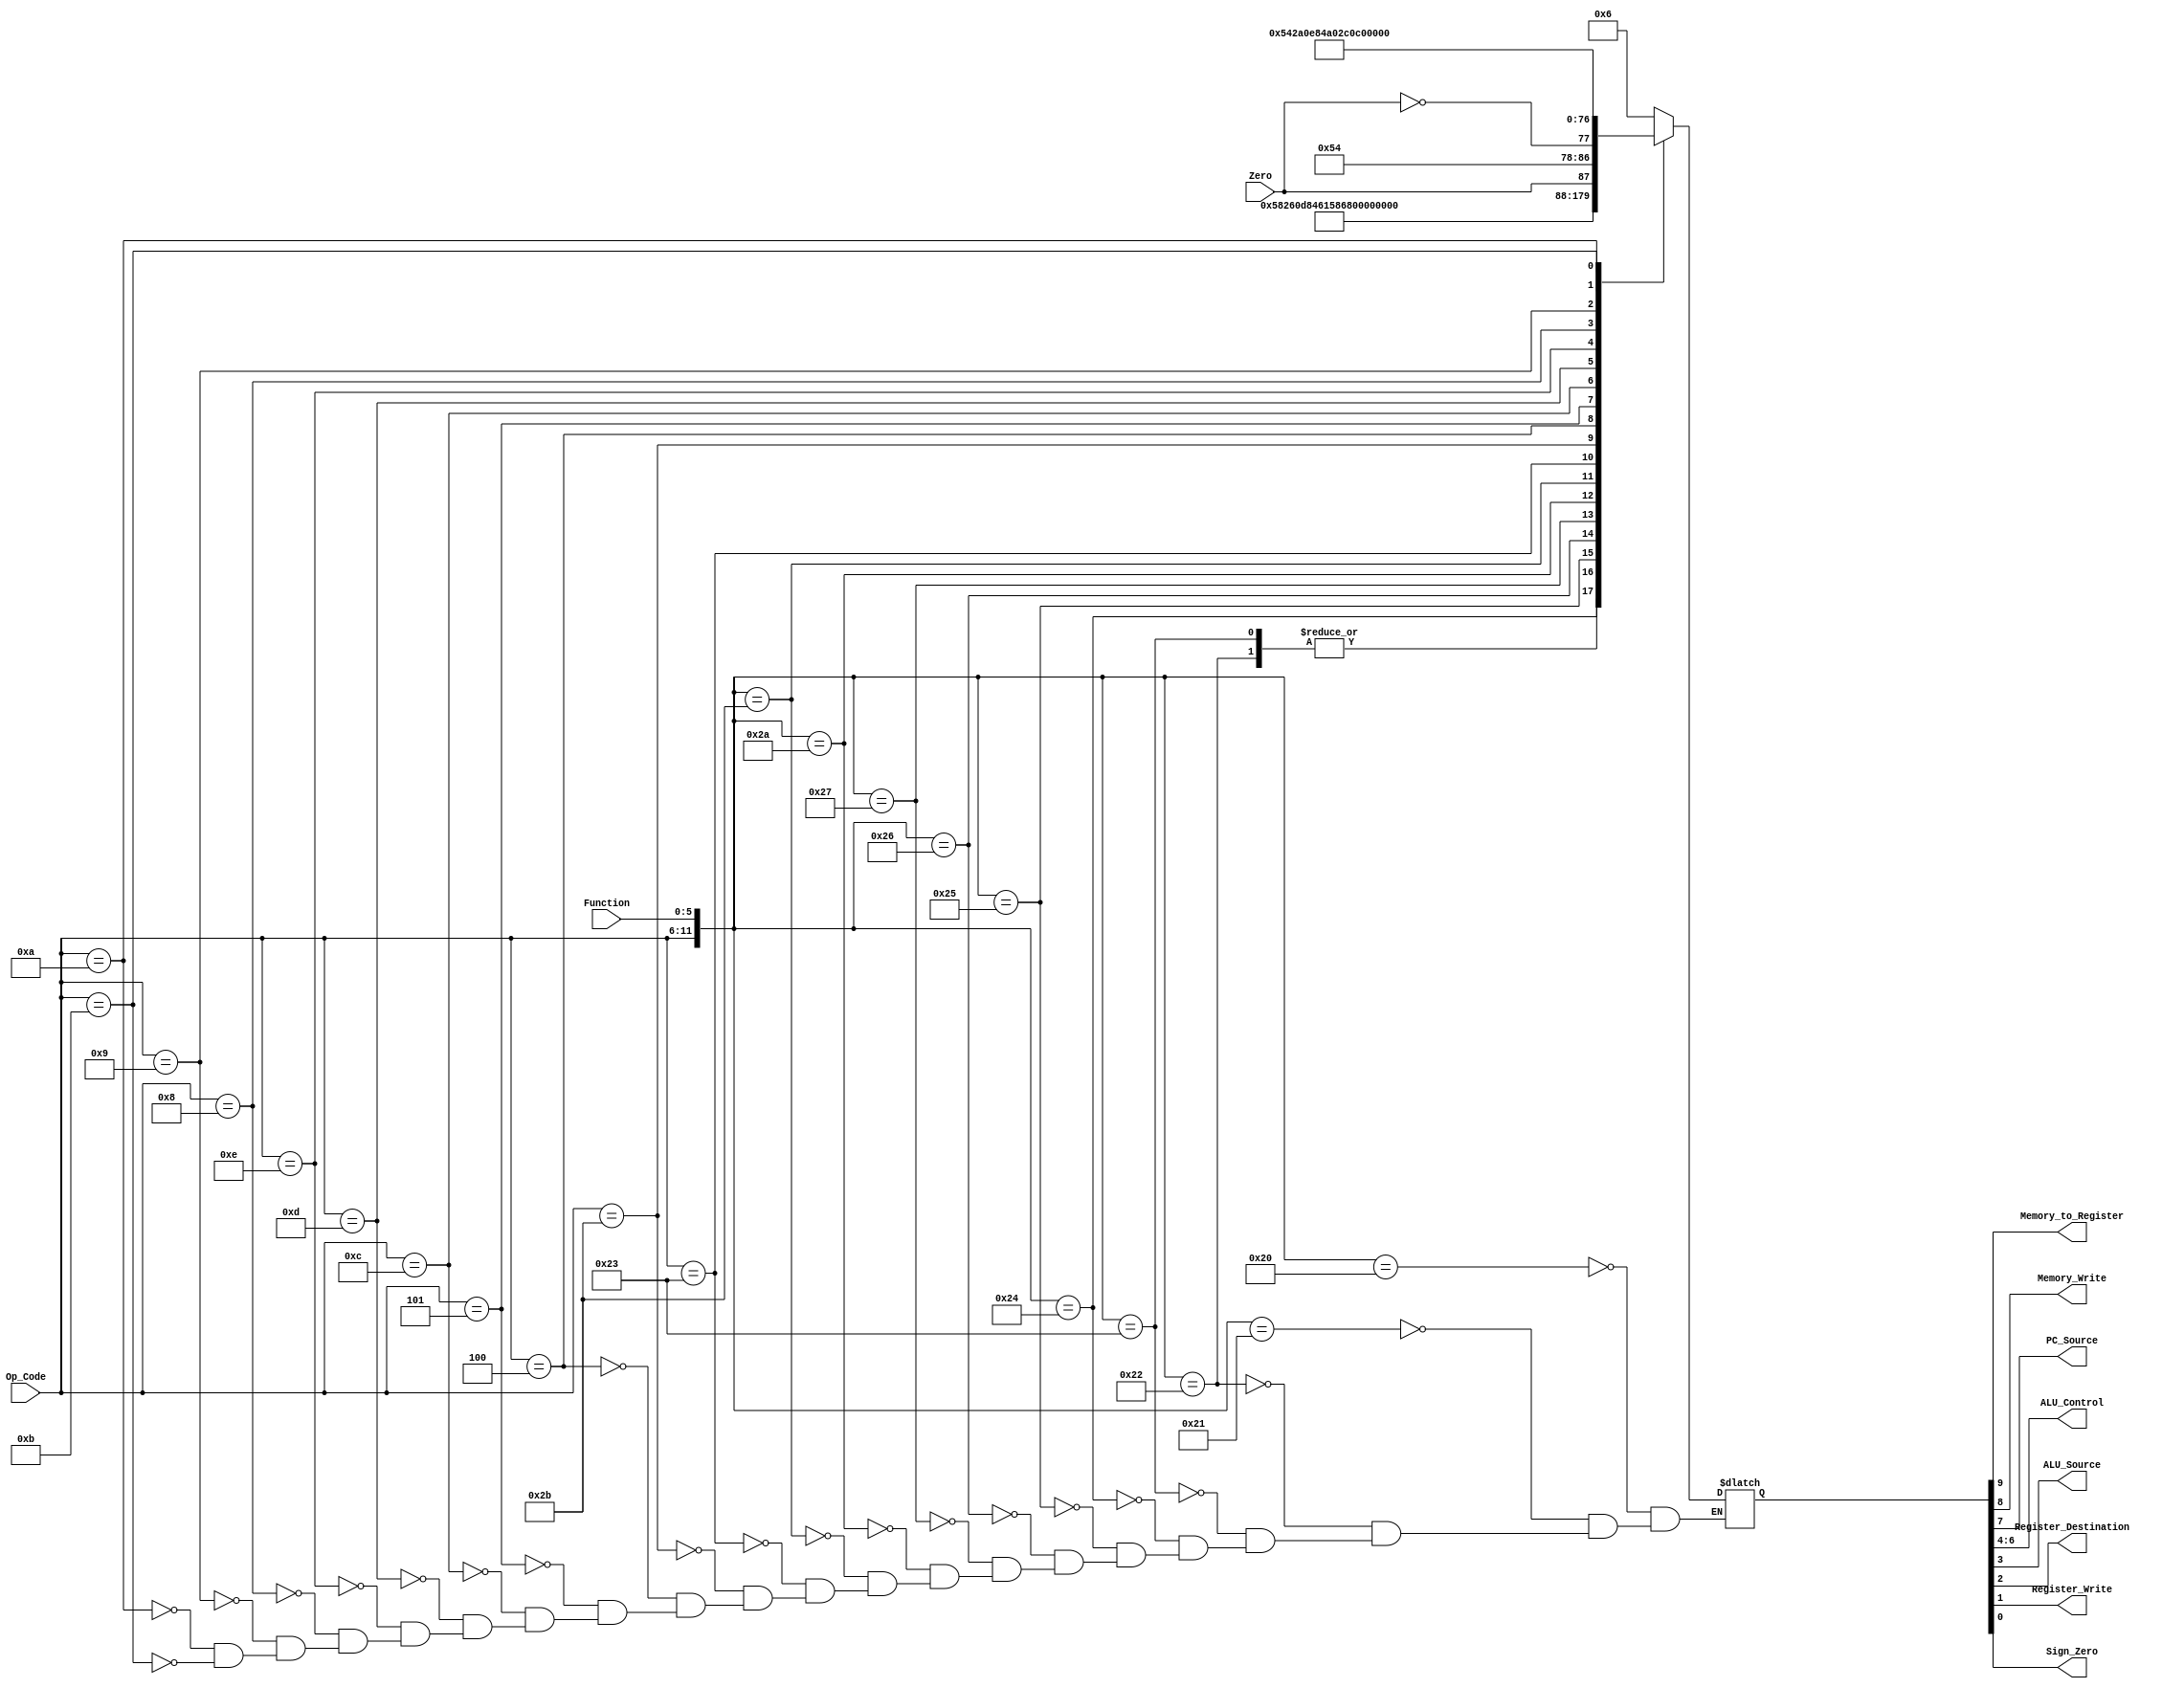
`timescale 1ns / 1ps
//////////////////////////////////////////////////////////////////////////////////
// Company: 
// Engineer: 
// 
// Design Name: 
// Module Name:    Controller 
// Project Name: 
// Target Devices: 
// Tool versions: 
// Description: 
//
// Dependencies: 
//
// Revision: 
// Revision 0.01 - File Created
// Additional Comments: 
//
//////////////////////////////////////////////////////////////////////////////////
module Controller(Op_Code,Function,Zero,Memory_to_Register,Memory_Write,PC_Source,ALU_Control,ALU_Source,Register_Destination,Register_Write,Sign_Zero);
input [5:0] Op_Code;
input [5:0] Function;
input Zero;
output Memory_to_Register;
output Memory_Write;
output PC_Source;
output [2:0] ALU_Control;
output ALU_Source;
output Register_Destination;
output Register_Write;
output Sign_Zero;    
reg [9:0] Reg_Output;
always @(*)
begin
	casex({Op_Code,Function})
		12'b000000100000:Reg_Output=10'b0000000110;
		12'b000000100001:Reg_Output=10'b0000000110;
		12'b000000100010:Reg_Output=10'b0000010110;
		12'b000000100011:Reg_Output=10'b0000010110;
		12'b000000100100:Reg_Output=10'b0000100110;
		12'b000000100101:Reg_Output=10'b0000110110;
		12'b000000100110:Reg_Output=10'b0001000110;
		12'b000000100111:Reg_Output=10'b0001010110;
		12'b000000101010:Reg_Output=10'b0001100110;
		12'b000000101011:Reg_Output=10'b0001110110;
		12'b100011xxxxxx:Reg_Output=10'b1000001011;
		12'b101011xxxxxx:Reg_Output=10'b0100001001;
		12'b000100xxxxxx:Reg_Output={2'b00,Zero,7'b0010101};
		12'b000101xxxxxx:Reg_Output={2'b00,~Zero,7'b0010101};
		12'b001100xxxxxx:Reg_Output=10'b0000101010;
		12'b001101xxxxxx:Reg_Output=10'b0000111010;
		12'b001110xxxxxx:Reg_Output=10'b0001001010;
		12'b001000xxxxxx:Reg_Output=10'b0000001011;
		12'b001001xxxxxx:Reg_Output=10'b0000001010;
		12'b001010xxxxxx:Reg_Output=10'b0001101011;
		12'b001011xxxxxx:Reg_Output=10'b0001111010;
	endcase
end
assign {Memory_to_Register,Memory_Write,PC_Source,ALU_Control,ALU_Source,Register_Destination,Register_Write,Sign_Zero} = Reg_Output;
endmodule